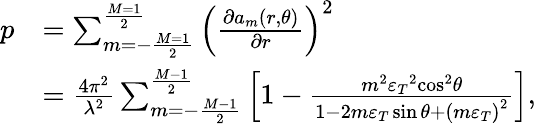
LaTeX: \begin{array}{rl}{p}&{={\sum_{m=-\frac{{M=1}}{2}}^{\frac{{M=1}}{2}}{\left({\frac{{\partial{a_{m}}(r,\theta)}}{{\partial r}}}\right)}^{2}}}\\ &{=\frac{{4{\pi^{2}}}}{{{\lambda^{2}}}}\sum_{m=-\frac{{M-1}}{2}}^{\frac{{M-1}}{2}}{\left[{1-\frac{{{m^{2}}{\varepsilon_{T}}^{2}{{\cos}^{2}}\theta}}{{1-2m{\varepsilon_{T}}\sin\theta+{{(m{\varepsilon_{T}})}^{2}}}}}\right]},}\end{array}